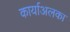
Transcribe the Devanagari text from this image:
कार्याअलका